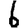
Digit: 6